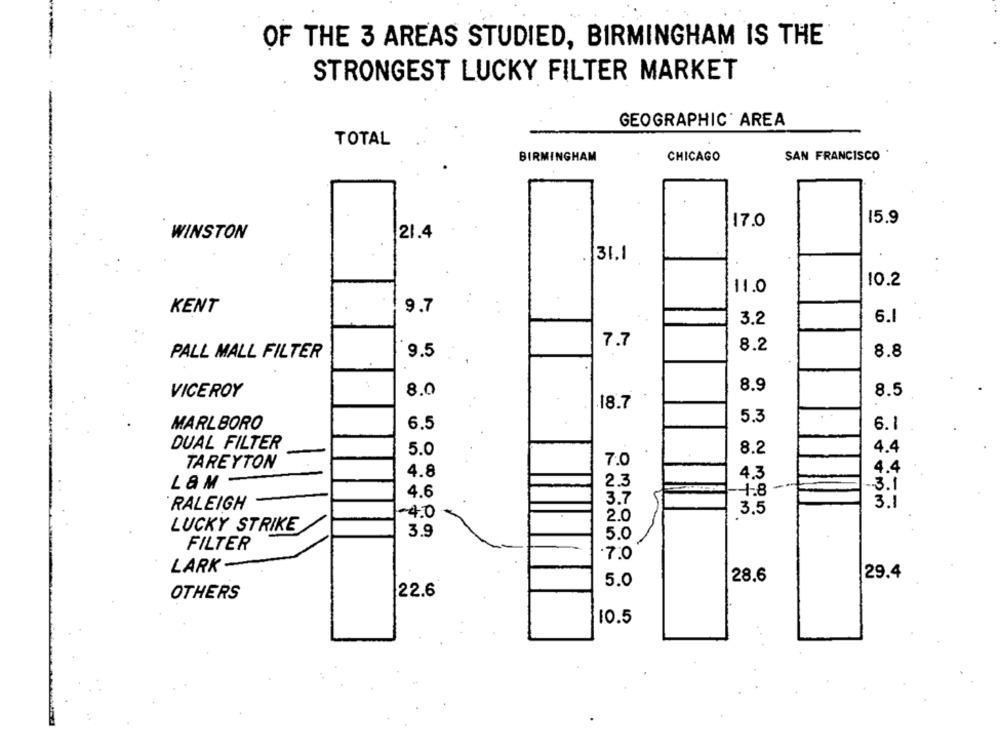
OF THE 3 AREAS STUDIED, BIRMINGHAM IS THE
STRONGEST LUCKY FILTER MARKET
GEOGRAPHIC AREA
TOTAL
BIRMINGHAM
CHICAGO
SAN FRANCISCO
17.0
15.9
WINSTON
21.4
.31.1
10.2
11.0
9.7
KENT
3.2
6.
7.7
8.2
8.8
PALL MALL FILTER
9.5
8.9
VICEROY
8.0
8.5
.18.7
5.3
MARLBORO
6.5
6.1
DUAL FILTER
5.0
8.2
4.4
TAREYTON
7.0
4.8
4.4
4.3
L&M
2.3
-- 3.1
4.6
-1-8
3.7
RALEIGH
3.5
3.1
-40
2.0
LUCKY STRIKE
3.9
5.0
FILTER
.7.0
LARK -
28.6
29.4
5.0
22.6
OTHERS
10.5